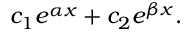
c _ { 1 } e ^ { \alpha x } + c _ { 2 } e ^ { \beta x } .